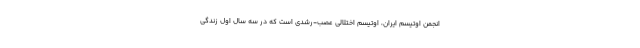
انجمن اوتیسم ایران، اوتیسم اختلالی عصب-رشدی است که در سه سال اول زندگی